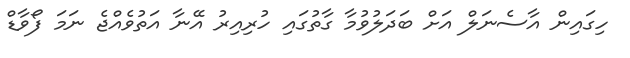
ހިގައިން އާސެނަލް އަށް ބަދަލުވުމާ ގާތުގައި ހުރިއިރު އޭނާ އަތުވެއްޖެ ނަމަ ފޯވާޑް